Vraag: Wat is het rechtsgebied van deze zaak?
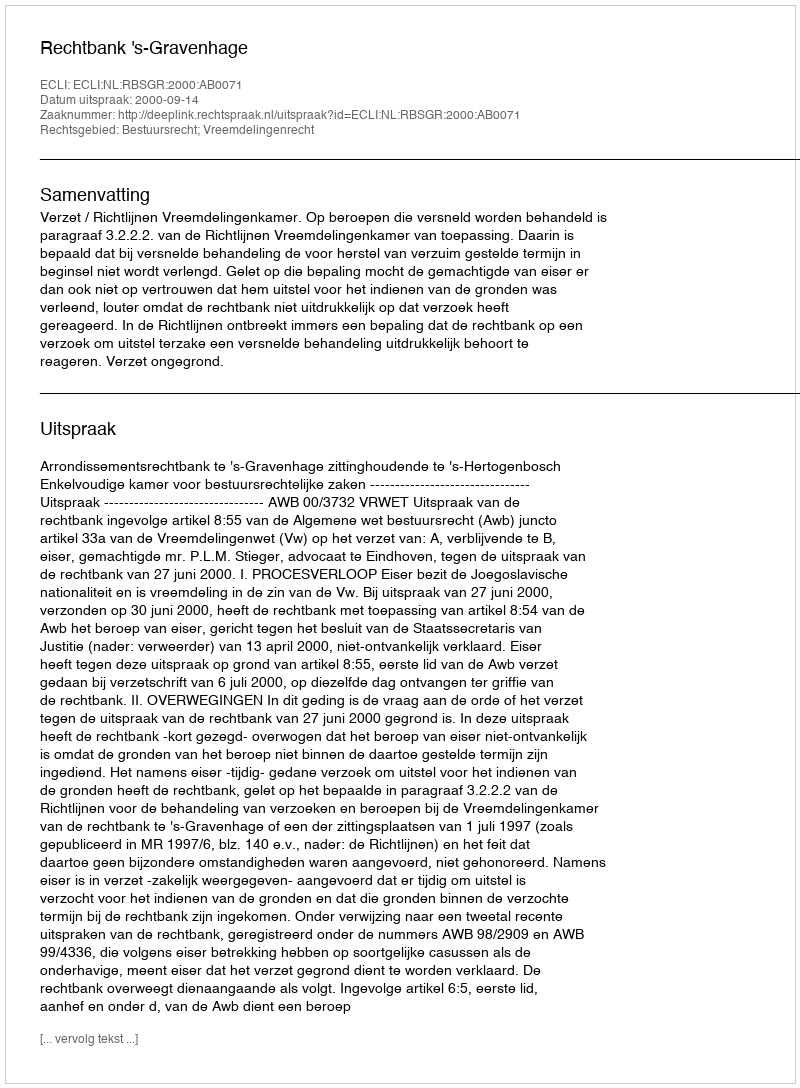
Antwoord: Bestuursrecht; Vreemdelingenrecht